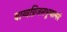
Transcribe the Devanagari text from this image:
वाय्वग्निजलभूम्यात्मने